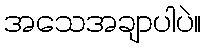
အသေအချာပါပဲ။